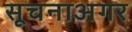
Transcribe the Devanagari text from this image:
सूचनाअगर